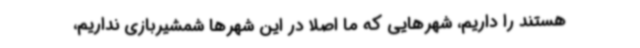
هستند را داریم، شهرهایی که ما اصلا در این شهرها شمشیربازی نداریم،